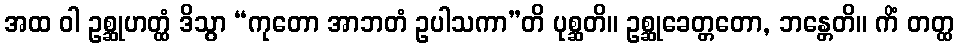
အထ ဝါ ဥစ္ဆုဟတ္ထံ ဒိသွာ “ကုတော အာဘတံ ဥပါသကာ”တိ ပုစ္ဆတိ။ ဥစ္ဆုခေတ္တတော, ဘန္တေတိ။ ကိံ တတ္ထ